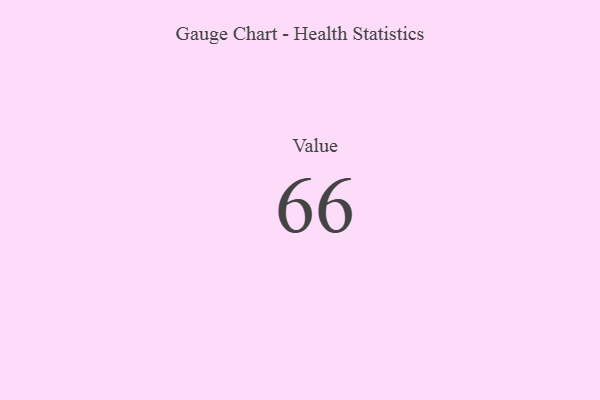
{"axis": {"x": "Metric", "y": "Value"}, "legend": [""], "data": [{"x": "Value", "y": 66, "type": ""}]}